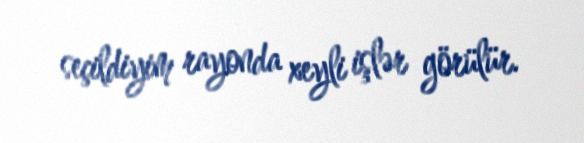
seçildiyim rayonda xeyli işlər görülür.